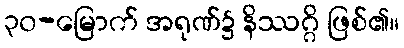
၃၀-မြောက် အရုဏ်၌ နိဿဂ္ဂိ ဖြစ်၏။